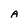
Character: A